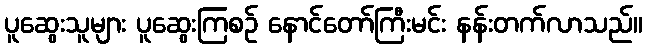
ပူဆွေးသူများ ပူဆွေးကြစဉ် နောင်တော်ကြီးမင်း နန်းတက်လာသည်။